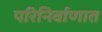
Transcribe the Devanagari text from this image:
परिनिर्वाणात